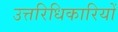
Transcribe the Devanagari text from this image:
उत्तरिधिकारियों